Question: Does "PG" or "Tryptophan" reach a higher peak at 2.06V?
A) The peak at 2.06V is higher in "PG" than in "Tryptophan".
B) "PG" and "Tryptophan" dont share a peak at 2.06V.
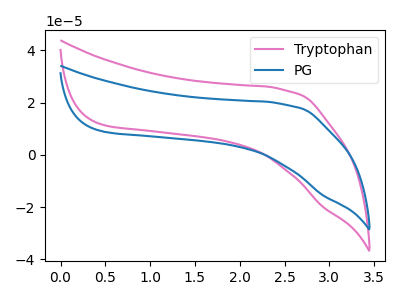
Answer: <think>The pink curve "Tryptophan" has no peaks. The blue curve "PG" has no peaks.</think>
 <answer>B) "PG" and "Tryptophan" dont share a peak at 2.06V.</answer>
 <eval>B</eval>